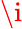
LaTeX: \i